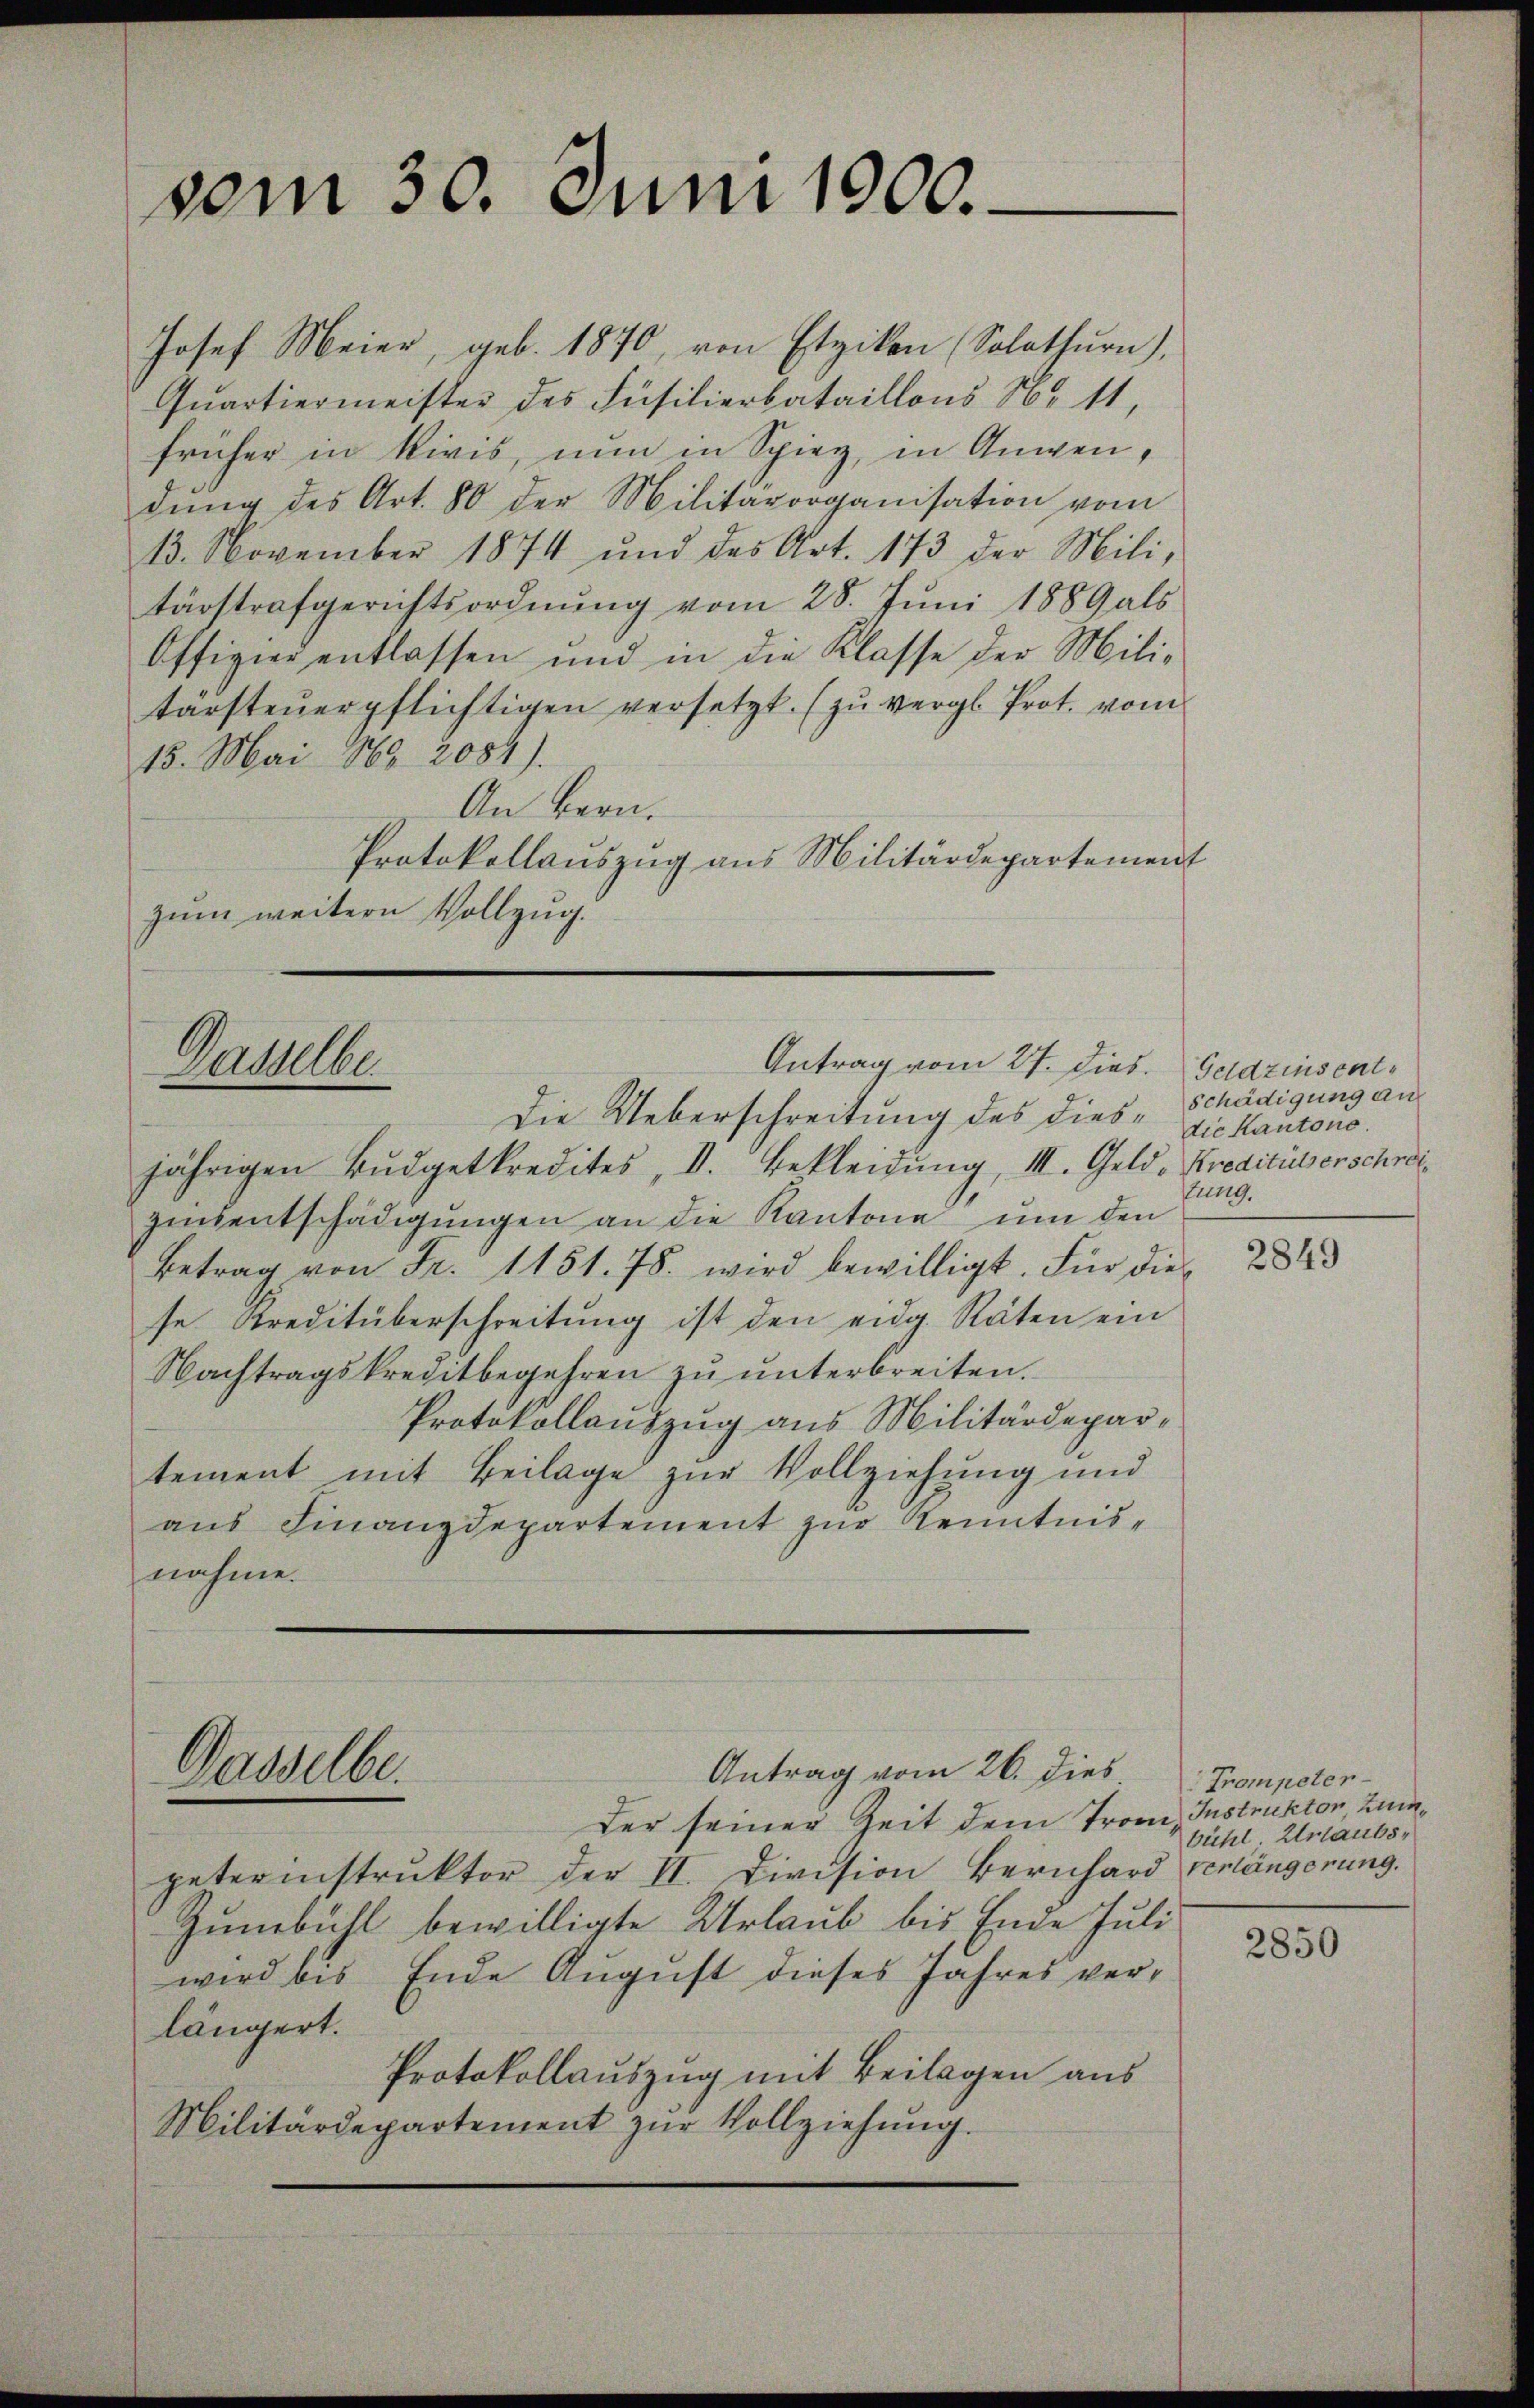
Josef Meier, geb. 1870, von Etzikon (Solothurn),
Quartiermeister des Füsilierbataillons No 11,
früher in Rivis, nun in Spiez, in Anwendŭng des Art. 80 der Militärorganisation vom
13. November 1874 und des Art. 173 der Mili-
tärstrafgerichtsordnŭng vom 28. Jŭni 1889 als
Offizier entlassen und in die Klasse der Mili-
tarsteŭerpflichtigen versetzt. (zŭ vergl. Prot. vom
15. Mai 184. 2084).
An Bern.
Protokollauszug aus Militärdepartement
zum weitern Vollzug.

vom 30. Juni 1900.

Antrag vom 27. Dies. Geldzinsent¬
Dasselbe

Gasselbe.

jährigen Bŭdgetkredites, V. Bekleidŭng, III. Geld, Kreditierschreizinsentschädigŭngen an die Kantone ŭm den
Betrag von Fr. 1151. 78. wird bewilligt. Für die
se Kreditüberschreitŭng ist den eidg. Räten ein
Nachtragskreditbegehren zu unterbreiten.
Protokollauszug aus Militärdepartement mit Beilage zur Vollziehung und
aus Finanzdepartement zur Kenntnisnahme.

Die Ueberschreitung des dies-Schädigung ans

Der seiner Zeit dem Trom, Instruktor, zupeterinstruktor der II. Division Bernhard verlängerung.
Zŭmbühl bewilligte Urlaub bis Ende Juli
wird bis Ende August dieses Jahres verlängert.
Protokollauszug mit Beilagen aus
Militärdepartement zŭr Vollziehung.

Antrag vom 26. dies

die Kantone.
lung.

2849

Trompeter
bühl Urlaubs-

2850